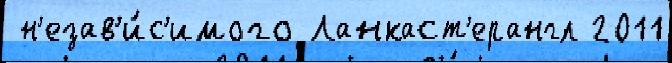
 н'езав'и́с'имого Ланкаст'ерангл 2011